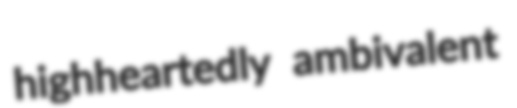
highheartedly ambivalent